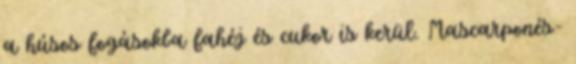
a húsos fogásokba fahéj és cukor is kerül. Mascarponés-